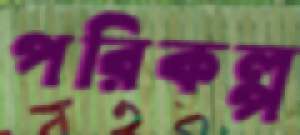
পরিকল্প